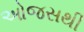
ઓજસથી